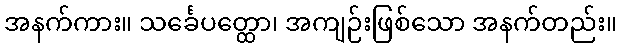
အနက်ကား။ သင်္ခေပတ္ထော၊ အကျဉ်းဖြစ်သော အနက်တည်း။